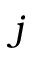
j